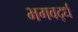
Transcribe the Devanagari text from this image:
भगवर्द्ध